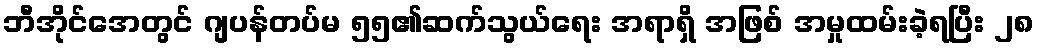
ဘီအိုင်အေတွင် ဂျပန်တပ်မ ၅၅၏ဆက်သွယ်ရေး အရာရှိ အဖြစ် အမှုထမ်းခဲ့ရပြီး ၂၈